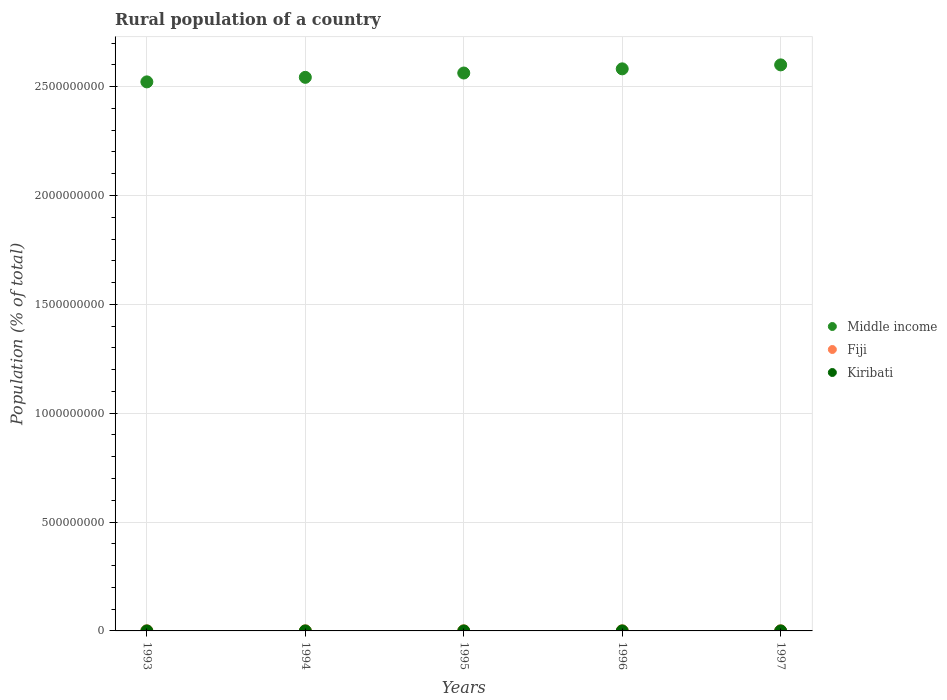
| Years | Middle income | Fiji | Kiribati |
 | --- | --- | --- | --- |
 | 1993 | 2.52e+09 | 4.23e+05 | 4.86e+04 |
 | 1994 | 2.54e+09 | 4.23e+05 | 4.9e+04 |
 | 1995 | 2.56e+09 | 4.23e+05 | 4.94e+04 |
 | 1996 | 2.58e+09 | 4.21e+05 | 4.94e+04 |
 | 1997 | 2.6e+09 | 4.22e+05 | 4.91e+04 |